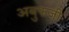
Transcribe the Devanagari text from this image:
अबुफजी